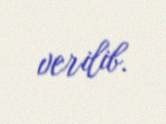
verilib.